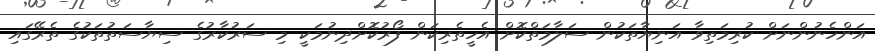
އަންހެނުންނަށް ކުރިމަތިވާ އަނިޔާތަކުން ސަލާމަތްކޮށް އެހީތެރިކަން ފޯރުކޮށްދިނުމަކީ މި ސަރުކާރުގެ ސިޔާސަތުތަކުގެ ތެރޭގައި